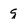
Character: g